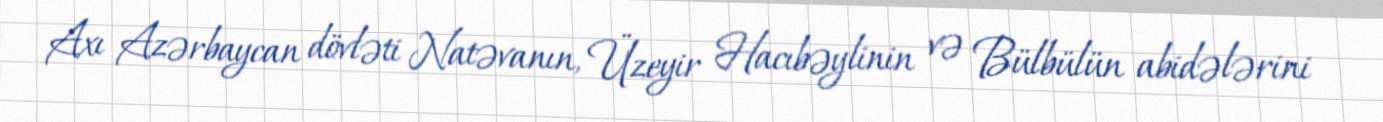
Axı Azərbaycan dövləti Natəvanın, Üzeyir Hacıbəylinin və Bülbülün abidələrini